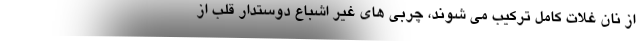
از نان غلات کامل ترکیب می شوند، چربی های غیر اشباع دوستدار قلب از